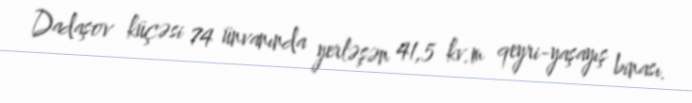
Dadaşov küçəsi 74 ünvanında yerləşən 41,5 kv.m qeyri-yaşayış binası.